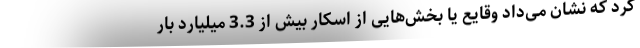
کرد که نشان می‌داد وقایع یا بخش‌هایی از اسکار بیش از 3.3 میلیارد بار